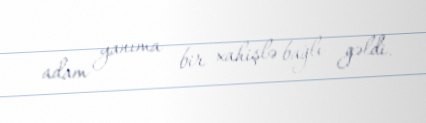
adam yanıma bir xahişlə bağlı gəldi.